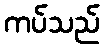
ကပ်သည်